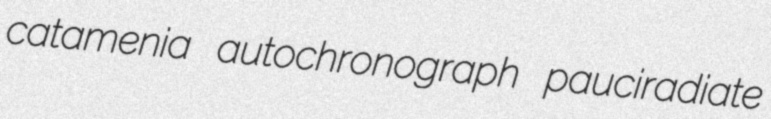
catamenia autochronograph pauciradiate